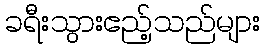
ခရီးသွားဧည့်သည်များ